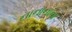
નાનાનાના